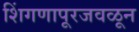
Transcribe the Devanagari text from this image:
शिंगणापूरजवळून